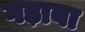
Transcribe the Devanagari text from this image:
गड़ाबा